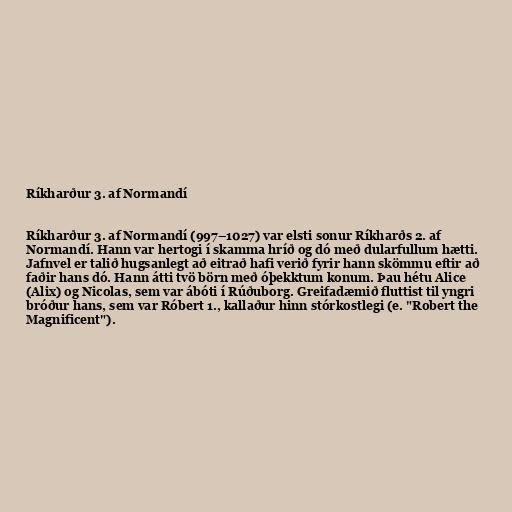
Ríkharður 3. af Normandí

Ríkharður 3. af Normandí (997–1027) var elsti sonur Ríkharðs 2. af
Normandí. Hann var hertogi í skamma hríð og dó með dularfullum hætti.
Jafnvel er talið hugsanlegt að eitrað hafi verið fyrir hann skömmu eftir að
faðir hans dó. Hann átti tvö börn með óþekktum konum. Þau hétu Alice
(Alix) og Nicolas, sem var ábóti í Rúðuborg. Greifadæmið fluttist til yngri
bróður hans, sem var Róbert 1., kallaður hinn stórkostlegi (e. "Robert the
Magnificent").